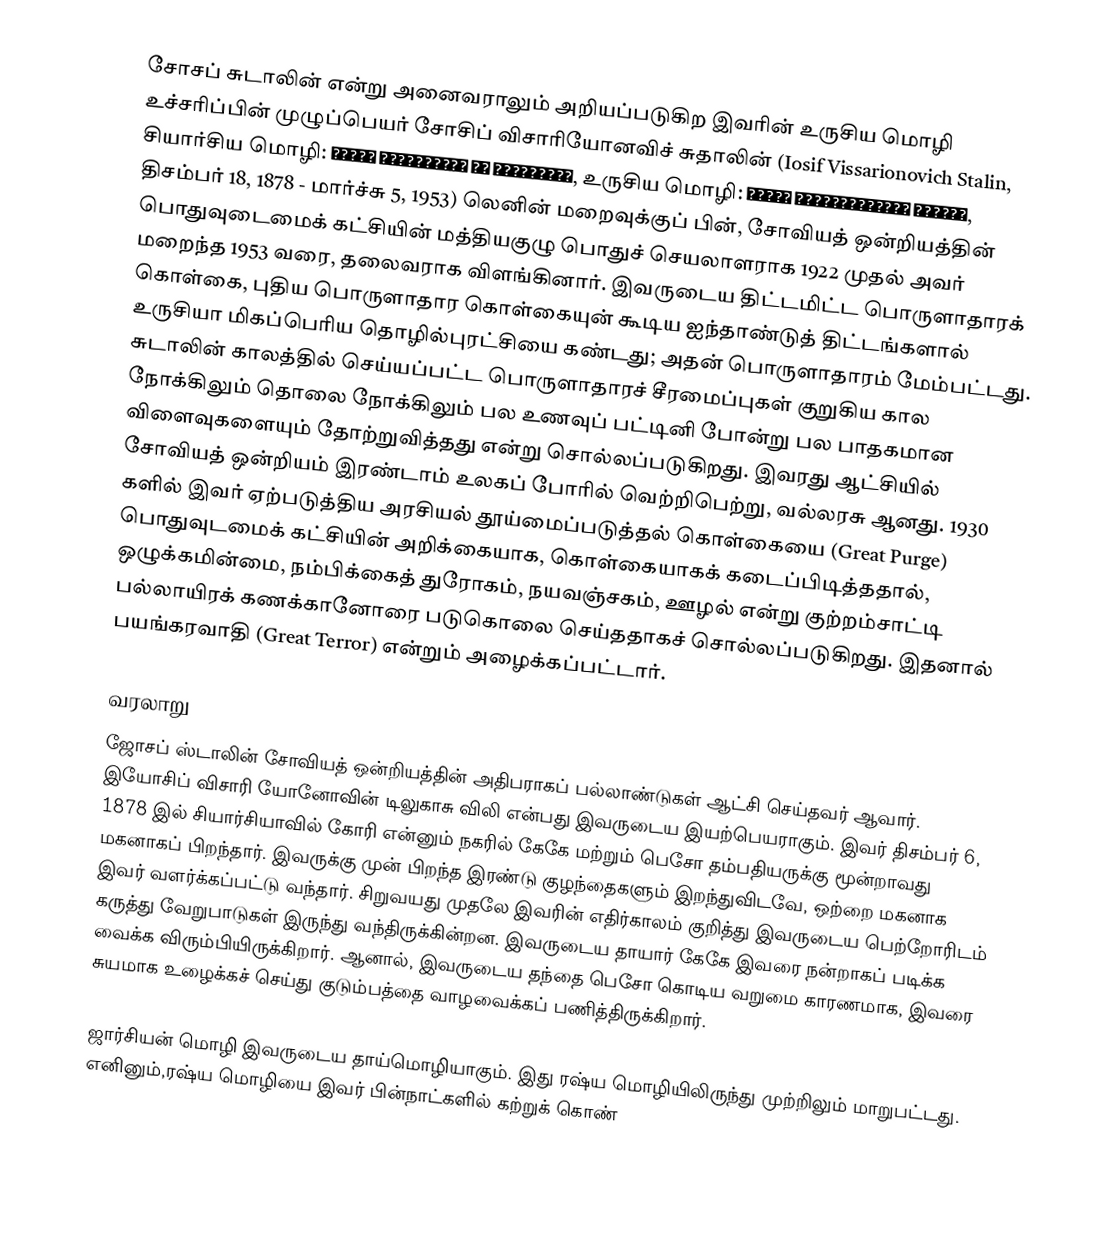
சோசப் சுடாலின்  என்று அனைவராலும் அறியப்படுகிற இவரின் உருசிய மொழி உச்சரிப்பின் முழுப்பெயர் சோசிப் விசாரியோனவிச் சுதாலின் (Iosif Vissarionovich Stalin, சியார்சிய மொழி: იოსებ ბესარიონის ძე ჯუღაშვილი, உருசிய மொழி: Иосиф Виссарионович Сталин, திசம்பர் 18, 1878 - மார்ச்சு 5, 1953) லெனின் மறைவுக்குப் பின், சோவியத் ஒன்றியத்தின் பொதுவுடைமைக் கட்சியின் மத்தியகுழு பொதுச் செயலாளராக 1922 முதல் அவர் மறைந்த 1953 வரை, தலைவராக விளங்கினார். இவருடைய திட்டமிட்ட பொருளாதாரக் கொள்கை, புதிய பொருளாதார கொள்கையுன் கூடிய ஐந்தாண்டுத் திட்டங்களால் உருசியா மிகப்பெரிய தொழில்புரட்சியை கண்டது; அதன் பொருளாதாரம் மேம்பட்டது. சுடாலின் காலத்தில் செய்யப்பட்ட பொருளாதாரச் சீரமைப்புகள் குறுகிய கால நோக்கிலும் தொலை நோக்கிலும் பல உணவுப் பட்டினி போன்று பல பாதகமான விளைவுகளையும் தோற்றுவித்தது என்று சொல்லப்படுகிறது. இவரது ஆட்சியில் சோவியத் ஒன்றியம் இரண்டாம் உலகப் போரில் வெற்றிபெற்று, வல்லரசு ஆனது. 1930 களில் இவர் ஏற்படுத்திய அரசியல் தூய்மைப்படுத்தல் கொள்கையை (Great Purge) பொதுவுடமைக் கட்சியின் அறிக்கையாக, கொள்கையாகக் கடைப்பிடித்ததால், ஒழுக்கமின்மை, நம்பிக்கைத் துரோகம், நயவஞ்சகம், ஊழல் என்று குற்றம்சாட்டி பல்லாயிரக் கணக்கானோரை படுகொலை செய்ததாகச் சொல்லப்படுகிறது. இதனால் பயங்கரவாதி (Great Terror) என்றும் அழைக்கப்பட்டார்.

வரலாறு
ஜோசப் ஸ்டாலின் சோவியத் ஒன்றியத்தின் அதிபராகப் பல்லாண்டுகள் ஆட்சி  செய்தவர் ஆவார். இயோசிப் விசாரி யோனோவின் டிலுகாசு விலி என்பது இவருடைய இயற்பெயராகும். இவர்  திசம்பர் 6, 1878 இல் சியார்சியாவில் கோரி என்னும் நகரில் கேகே மற்றும் பெசோ தம்பதியருக்கு மூன்றாவது மகனாகப் பிறந்தார். இவருக்கு முன் பிறந்த இரண்டு குழந்தைகளும் இறந்துவிடவே, ஒற்றை மகனாக இவர் வளர்க்கப்பட்டு வந்தார். சிறுவயது முதலே இவரின் எதிர்காலம் குறித்து  இவருடைய பெற்றோரிடம்  கருத்து வேறுபாடுகள் இருந்து வந்திருக்கின்றன. இவருடைய தாயார் கேகே இவரை நன்றாகப் படிக்க வைக்க விரும்பியிருக்கிறார். ஆனால், இவருடைய தந்தை பெசோ கொடிய வறுமை காரணமாக,  இவரை சுயமாக உழைக்கச் செய்து குடும்பத்தை  வாழவைக்கப் பணித்திருக்கிறார்.

ஜார்சியன் மொழி இவருடைய தாய்மொழியாகும். இது ரஷ்ய மொழியிலிருந்து முற்றிலும் மாறுபட்டது. எனினும்,ரஷ்ய மொழியை இவர் பின்நாட்களில் கற்றுக் கொண்